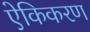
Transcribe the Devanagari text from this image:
ऐकिकरण